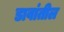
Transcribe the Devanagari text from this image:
डावांतील